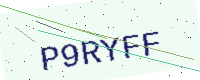
Text: P9RYFF